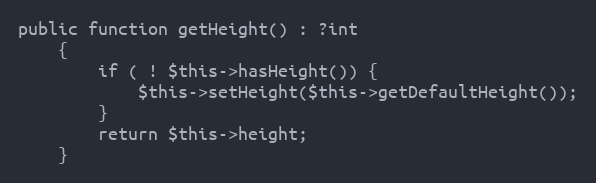
Language: PHP
public function getHeight() : ?int
    {
        if ( ! $this->hasHeight()) {
            $this->setHeight($this->getDefaultHeight());
        }
        return $this->height;
    }